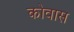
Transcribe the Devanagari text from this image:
कोवास